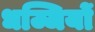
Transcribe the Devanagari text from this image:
धज्जियों